Vaccination in Bombay 1869-1873 - 1869-1873
Year: 1869
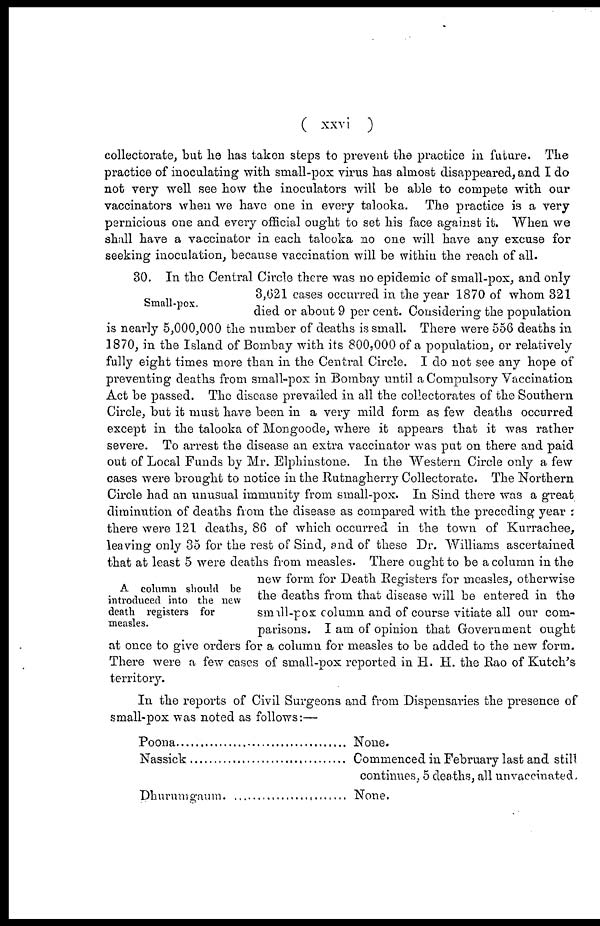
( xxvi )
collectorate, but he has taken steps to prevent the practice in future. The
practice of inoculating with small-pox virus has almost disappeared, and I do
not very well see how the inoculators will be able to compete with our
vaccinators when we have one in every talooka. The practice is a very
pernicious one and every official ought to set his face against it. When we
shall have a vaccinator in each talooka no one will have any excuse for
seeking inoculation, because vaccination will be within the reach of all.
Small-pox.
A column should be
introduced into the new
death registers for
measles.
30. In the Central Circle there was no epidemic of small-pox, and only
3,621 cases occurred in the year 1870 of whom 321
died or about 9 per cent. Considering the population
is nearly 5,000,000 the number of deaths is small. There were 556 deaths in
1870, in the Island of Bombay with its 800,000 of a population, or relatively
fully eight times more than in the Central Circle. I do not see any hope of
preventing deaths from small-pox in Bombay until a Compulsory Vaccination
Act be passed. The disease prevailed in all the collectorates of the Southern
Circle, but it must have been in a very mild form as few deaths occurred
except in the talooka of Mongoode, where it appears that it was rather
severe. To arrest the disease an extra vaccinator was put on there and paid
out of Local Funds by Mr. Elphinstone. In the Western Circle only a few
cases were brought to notice in the Rutnagherry Collectorate. The Northern
Circle had an unusual immunity from small-pox. In Sind there was a great
diminution of deaths from the disease as compared with the preceding year ;
there were 121 deaths, 86 of which occurred in the town of Kurrachee,
leaving only 35 for the rest of Sind, and of these Dr. Williams ascertained
that at least 5 were deaths from measles. There ought to be a column in the
new form for Death Registers for measles, otherwise
the deaths from that disease will be entered in the
small-pox column and of course vitiate all our com-
parisons. I am of opinion that Government ought
at once to give orders for a column for measles to be added to the new form.
There were a few cases of small-pox reported in H. H. the Rao of Kutch's
territory.
In the reports of Civil Surgeons and from Dispensaries the presence of
small-pox was noted as follows:—
Poona ..............................................
Nassick............................................
Dhurumgaum...................................
None.
Commenced in February last and still
continues, 5 deaths, all unvaccinated.
None.